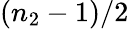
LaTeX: (n_{2}-1)/2